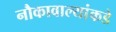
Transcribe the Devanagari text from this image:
नौकावाल्यांकडे